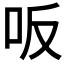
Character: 𠯘